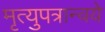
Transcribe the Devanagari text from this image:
मृत्युपत्रान्वये